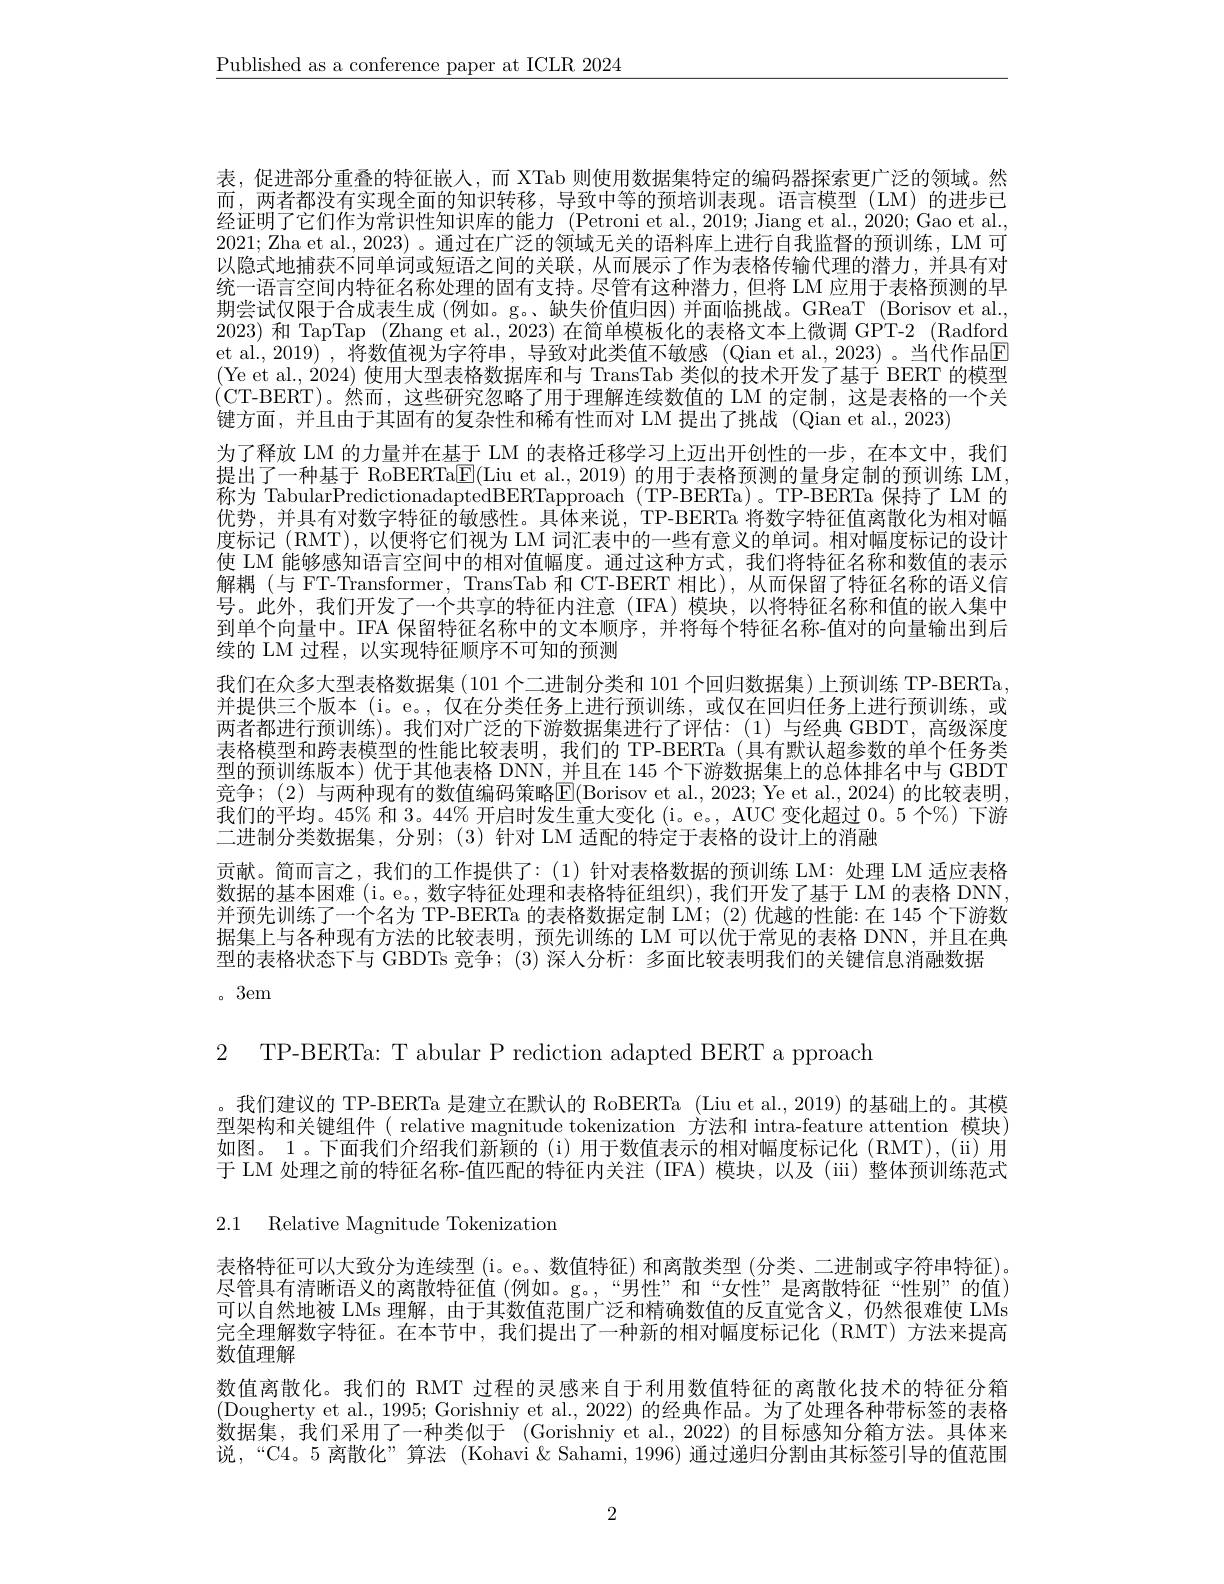
$\underline{\text{Published as a conference paper at ICLR 2024}}$

表，促进部分重叠的特征嵌人，而 XTab 则使用数据集特定的编码器探索更广泛的领域。然而，两者都没有实现全面的知识转移，导致中等的预培训表现。语言模型(LM)的进步已经证明了它们作为常识性知识库的能力(Petroni et al.,2019; Jiang et al., 2020; Gao et al., 2021; Zha et al., 2023) 。通过在广泛的领域无关的语料库上进行自我监督的预训练，LM 可以隐式地捕获不同单词或短语之间的关联，从而展示了作为表格传输代理的潜力，并具有对统一语言空间内特征名称处理的固有支持。尽管有这种潜力，但将 LM 应用于表格预测的早期尝试仅限于合成表生成(例如。g。、缺失价值归因)并面临挑战。GReaT (Borisov et al. 2023) 和 TapTap (Zhang et al., 2023) 在简单模板化的表格文本上微调 GPT-2 (Radford et al., 2019) , 将数值视为字符串 ,导致对此类值不敏感 (Qian et al., 2023) 。当代作品回(Ye et al., 2024) 使用大型表格数据库和与 TransTab 类似的技术开发了基于 BERT 的模型(CT-BERT)。然而，这些研究忽略了用于理解连续数值的 LM 的定制，这是表格的一个关键方面，并且由于其固有的复杂性和稀有性而对 LM 提出了挑战 (Qian et al., 2023)
为了释放 LM 的力量并在基于 LM 的表格迁移学习上迈出开创性的一步，在本文中，我们提出了一种基于 RoBERTa$\boxed{\mathrm{F}}($Liu et al., 2019) 的用于表格预测的量身定制的预训练 LM, 称为 TabularPredictionadaptedBERTapproach (TP-BERTa)。TP-BERTa 保持了 LM 的优势，并具有对数字特征的敏感性。具体来说，TP-BERTa 将数字特征值离散化为相对幅度标记 (RMT),以便将它们视为 LM 词汇表中的一些有意义的单词。相对幅度标记的设计使 LM 能够感知语言空间中的相对值幅度。通过这种方式，我们将特征名称和数值的表示解耦(与 FT-Transformer, TransTab 和 CT-BERT 相比),从而保留了特征名称的语义信号。此外，我们开发了一个共享的特征内注意(IFA)模块，以将特征名称和值的嵌人集中到单个向量中。IFA 保留特征名称中的文本顺序，并将每个特征名称-值对的向量输出到后续的 LM 过程，以实现特征顺序不可知的预测
我们在众多大型表格数据集(101个二进制分类和 101 个回归数据集)上预训练 TP-BERTa, 并提供三个版本 (i。e。,仅在分类任务上进行预训练，或仅在回归任务上进行预训练，或两者都进行预训练)。我们对广泛的下游数据集进行了评估：(1)与经典 GBDT,高级深度表格模型和跨表模型的性能比较表明，我们的 TP-BERTa(具有默认超参数的单个任务类型的预训练版本)优于其他表格 DNN, 并且在 145 个下游数据集上的总体排名中与 GBDT 竞争；(2)与两种现有的数值编码策略$\overline{\mathrm{E}}($Borisov et al.,2023; Ye et al., 2024) 的比较表明， 我们的平均。45% 和3。44% 开启时发生重大变化 (i。e。, AUC 变化超过0。5 个%) 下游二进制分类数据集，分别；(3) 针对 LM 适配的特定于表格的设计上的消融
贡献。简而言之，我们的工作提供了：(1)针对表格数据的预训练 LM:处理 LM 适应表格数据的基本困难 (i。e。, 数字特征处理和表格特征组织), 我们开发了基于 LM 的表格 DNN, 并预先训练了一个名为 TP-BERTa 的表格数据定制 LM;(2)优越的性能：在 145 个下游数据集上与各种现有方法的比较表明，预先训练的 LM 可以优于常见的表格 DNN,并且在典型的表格状态下与 GBDTs 竞争；(3) 深人分析：多面比较表明我们的关键信息消融数据
。3em

2 TP-BERTa: T abular P rediction adapted BERT a pproach

。我们建议的 TP-BERTa 是建立在默认的 RoBERTa (Liu et al., 2019) 的基础上的。其模型架构和关键组件( relative magnitude tokenization 方法和 intra-feature attention 模块) 如图。1。下面我们介绍我们新颖的(i)用于数值表示的相对幅度标记化(RMT),(ii)用于 LM 处理之前的特征名称-值匹配的特征内关注 (IFA) 模块，以及 (iii) 整体预训练范式

2.1 Relative Magnitude Tokenization

表格特征可以大致分为连续型 (i。e。数值特征)和离散类型 (分类、二进制或字符串特征)。尽管具有清晰语义的离散特征值(例如。g。,“男性”和“女性”是离散特征“性别”的值) 可以自然地被 LMs 理解，由于其数值范围广泛和精确数值的反直觉含义，仍然很难使 LMs 完全理解数字特征。在本节中，我们提出了一种新的相对幅度标记化(RMT)方法来提高数值理解
数值离散化。我们的 RMT 过程的灵感来自于利用数值特征的离散化技术的特征分箱(Dougherty et al., 1995; Gorishniy et al., 2022) 的经典作品。为了处理各种带标签的表格数据集，我们采用了一种类似于 (Gorishniy et al., 2022) 的目标感知分箱方法。具体来说，“C4。5 离散化”算法 (Kohavi &Sahami, 1996) 通过递归分割由其标签引导的值范围

2